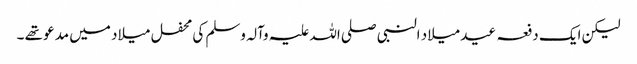
لیکن ایک دفعہ عید میلاد النبی صلی اللہ علیہ وآلہ وسلم کی محفل میلاد میں مدعو تھے ۔